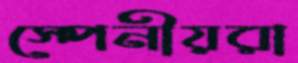
স্পেনীয়রা